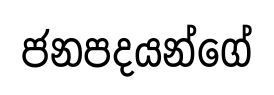
ජනපදයන්ගේ